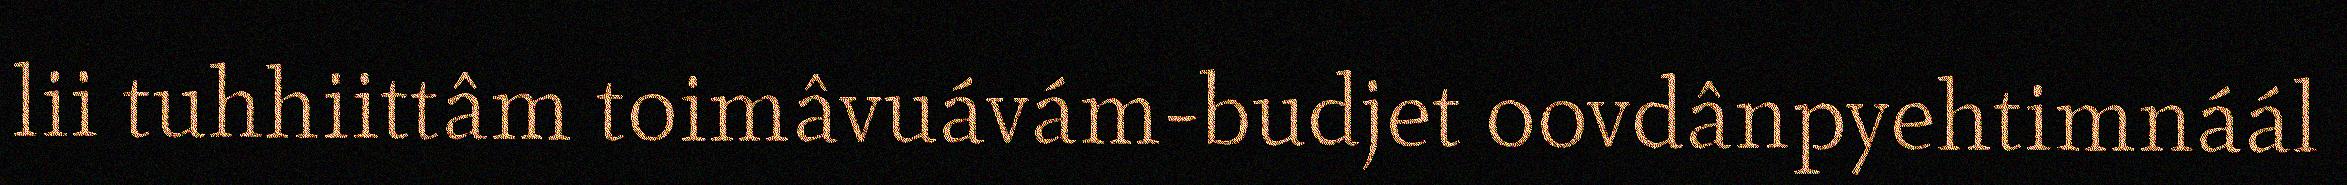
lii tuhhiittâm toimâvuávám-budjet oovdânpyehtimnáál